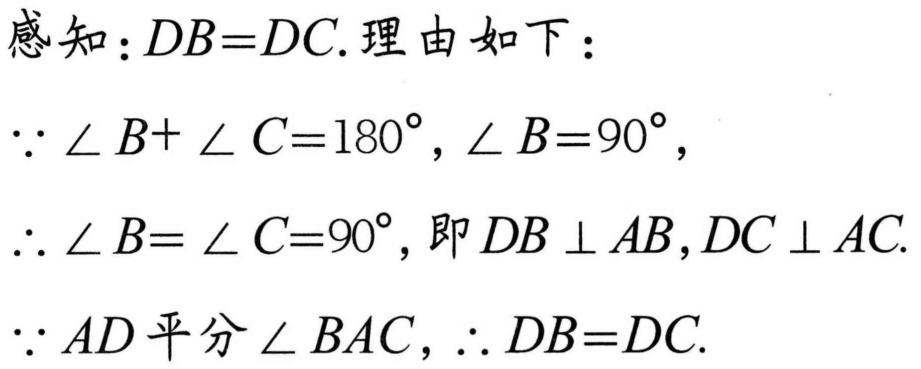
感知：\(DB = DC\). 理由如下：
\(\because \angle B+\angle C = 180^{\circ},\angle B = 90^{\circ}\),
\(\therefore \angle B=\angle C = 90^{\circ}\), 即 \(DB\perp AB,DC\perp AC\).
\(\because AD\)平分\(\angle BAC\), \(\therefore DB = DC\).